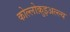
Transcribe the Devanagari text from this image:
कोल्लोक़ुइअल्ल्य